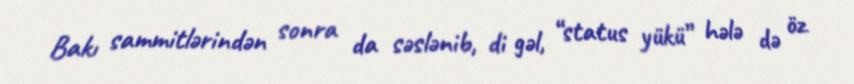
Bakı sammitlərindən sonra da səslənib, di gəl, “status yükü” hələ də öz